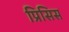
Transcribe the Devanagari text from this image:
प्रिसिस